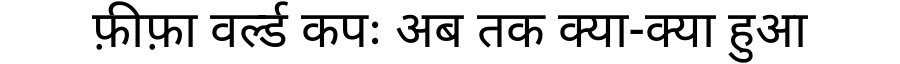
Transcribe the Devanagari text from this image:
फ़ीफ़ा वर्ल्ड कपः अब तक क्या-क्या हुआ